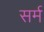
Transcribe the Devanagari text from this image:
सर्म